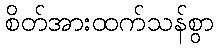
စိတ်အားထက်သန်စွာ